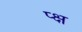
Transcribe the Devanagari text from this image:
प्क्ष